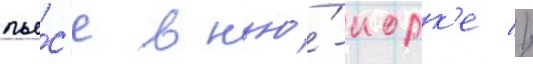
пье́с'е в нью́-иорк'е //